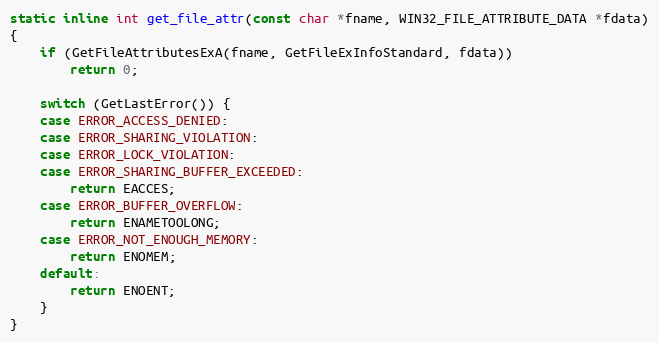
Language: C
static inline int get_file_attr(const char *fname, WIN32_FILE_ATTRIBUTE_DATA *fdata)
{
	if (GetFileAttributesExA(fname, GetFileExInfoStandard, fdata))
		return 0;

	switch (GetLastError()) {
	case ERROR_ACCESS_DENIED:
	case ERROR_SHARING_VIOLATION:
	case ERROR_LOCK_VIOLATION:
	case ERROR_SHARING_BUFFER_EXCEEDED:
		return EACCES;
	case ERROR_BUFFER_OVERFLOW:
		return ENAMETOOLONG;
	case ERROR_NOT_ENOUGH_MEMORY:
		return ENOMEM;
	default:
		return ENOENT;
	}
}